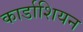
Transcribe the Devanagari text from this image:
कार्डाशियन